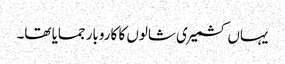
یہاں کشمیری شالوں کا کاروبار جمایا تھا۔